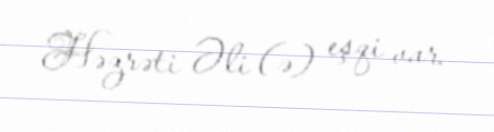
Həzrəti Əli (ə) eşqi var.